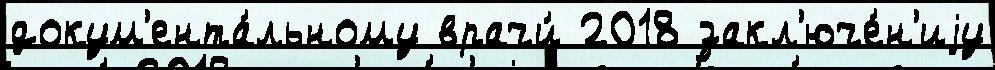
докум'ента́льному врачи́ 2018 закл'юче́н'иjу